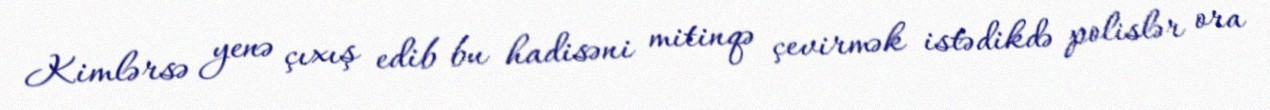
Kimlərsə yenə çıxış edib bu hadisəni mitinqə çevirmək istədikdə polislər ora